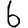
Digit: 6